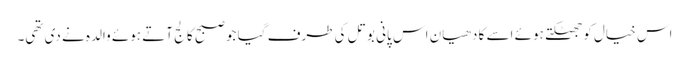
اس خیال کو جھٹکتے ہوئے اسے کا دھیان اس پانی بوتل کی طرف گیا جو صبح کالج آتے ہوئے والدہ نے دی تھی۔